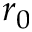
r _ { 0 }